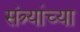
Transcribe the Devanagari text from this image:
संत्र्यांच्या